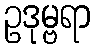
ဥဒုမ္ဗရာ